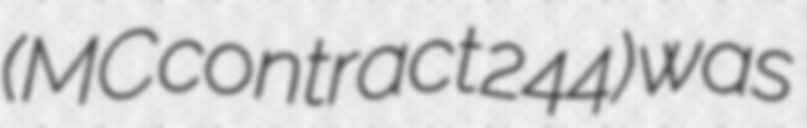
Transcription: (MC contract 244) was